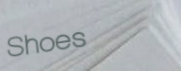
Shoes